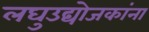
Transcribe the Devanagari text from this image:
लघुउद्योजकांना